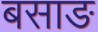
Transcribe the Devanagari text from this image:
बसाङ